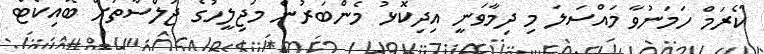
ކޯރަމް ހަމަނުވާ މައްސަލަ މި ދިމާވަނީ އިދިކޮޅު މެންބަރުން މަޖިލީހުގެ ޖަލްސާތަށް ބޮއިކޯޓް